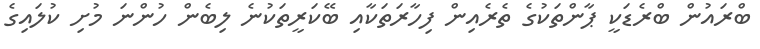
ބްރައުން ބްރެޑަކީ ޕާންތަކުގެ ތެރެއިން ފިހާރަތަކާއި ބޭކަރީތަކުނެ ލިބެން ހުންނަ މުށި ކުލައިގެ